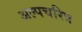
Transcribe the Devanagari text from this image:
अल्पचरित्र